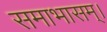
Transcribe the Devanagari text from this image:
समाभासम्।